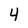
Character: 4